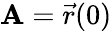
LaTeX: \mathbf{A}={\vec{{r}}}(0)